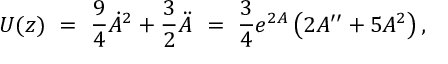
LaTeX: U ( z ) \ = \ \frac { 9 } { 4 } \dot { A } ^ { 2 } + \frac { 3 } { 2 } \ddot { A } \ = \ \frac { 3 } { 4 } e ^ { 2 A } \left( 2 A ^ { \prime \prime } + 5 A ^ { 2 } \right) ,